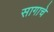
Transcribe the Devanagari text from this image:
सागाचे